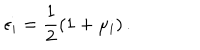
\epsilon _ { i } = \frac { 1 } { 2 } ( 1 + \mu _ { i } ) \, .